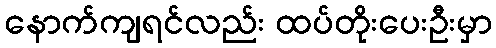
နောက်ကျရင်လည်း ထပ်တိုးပေးဦးမှာ